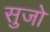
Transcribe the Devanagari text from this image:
सुजो